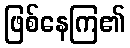
ဖြစ်နေကြ၏